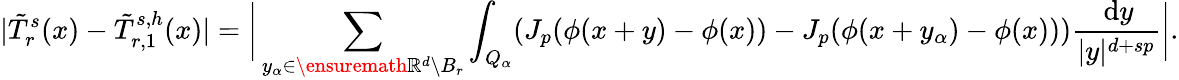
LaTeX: |\tilde{T}_{r}^{s}(x)-\tilde{T}_{r,1}^{s,h}(x)|=\bigg|\sum_{y_{\alpha}\in\ensuremath{\mathbb{R}}^{d}\setminus B_{r}}\int_{Q_{\alpha}}(J_{p}(\phi(x+y)-\phi(x))-J_{p}(\phi(x+y_{\alpha})-\phi(x)))\frac{\, \mathrm{d}y}{|y|^{d+sp}}\bigg|.